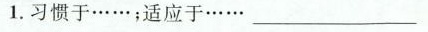
1.习惯于……；适应于……___